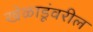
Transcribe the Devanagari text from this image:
खेळाडूंवरील